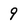
Character: 9